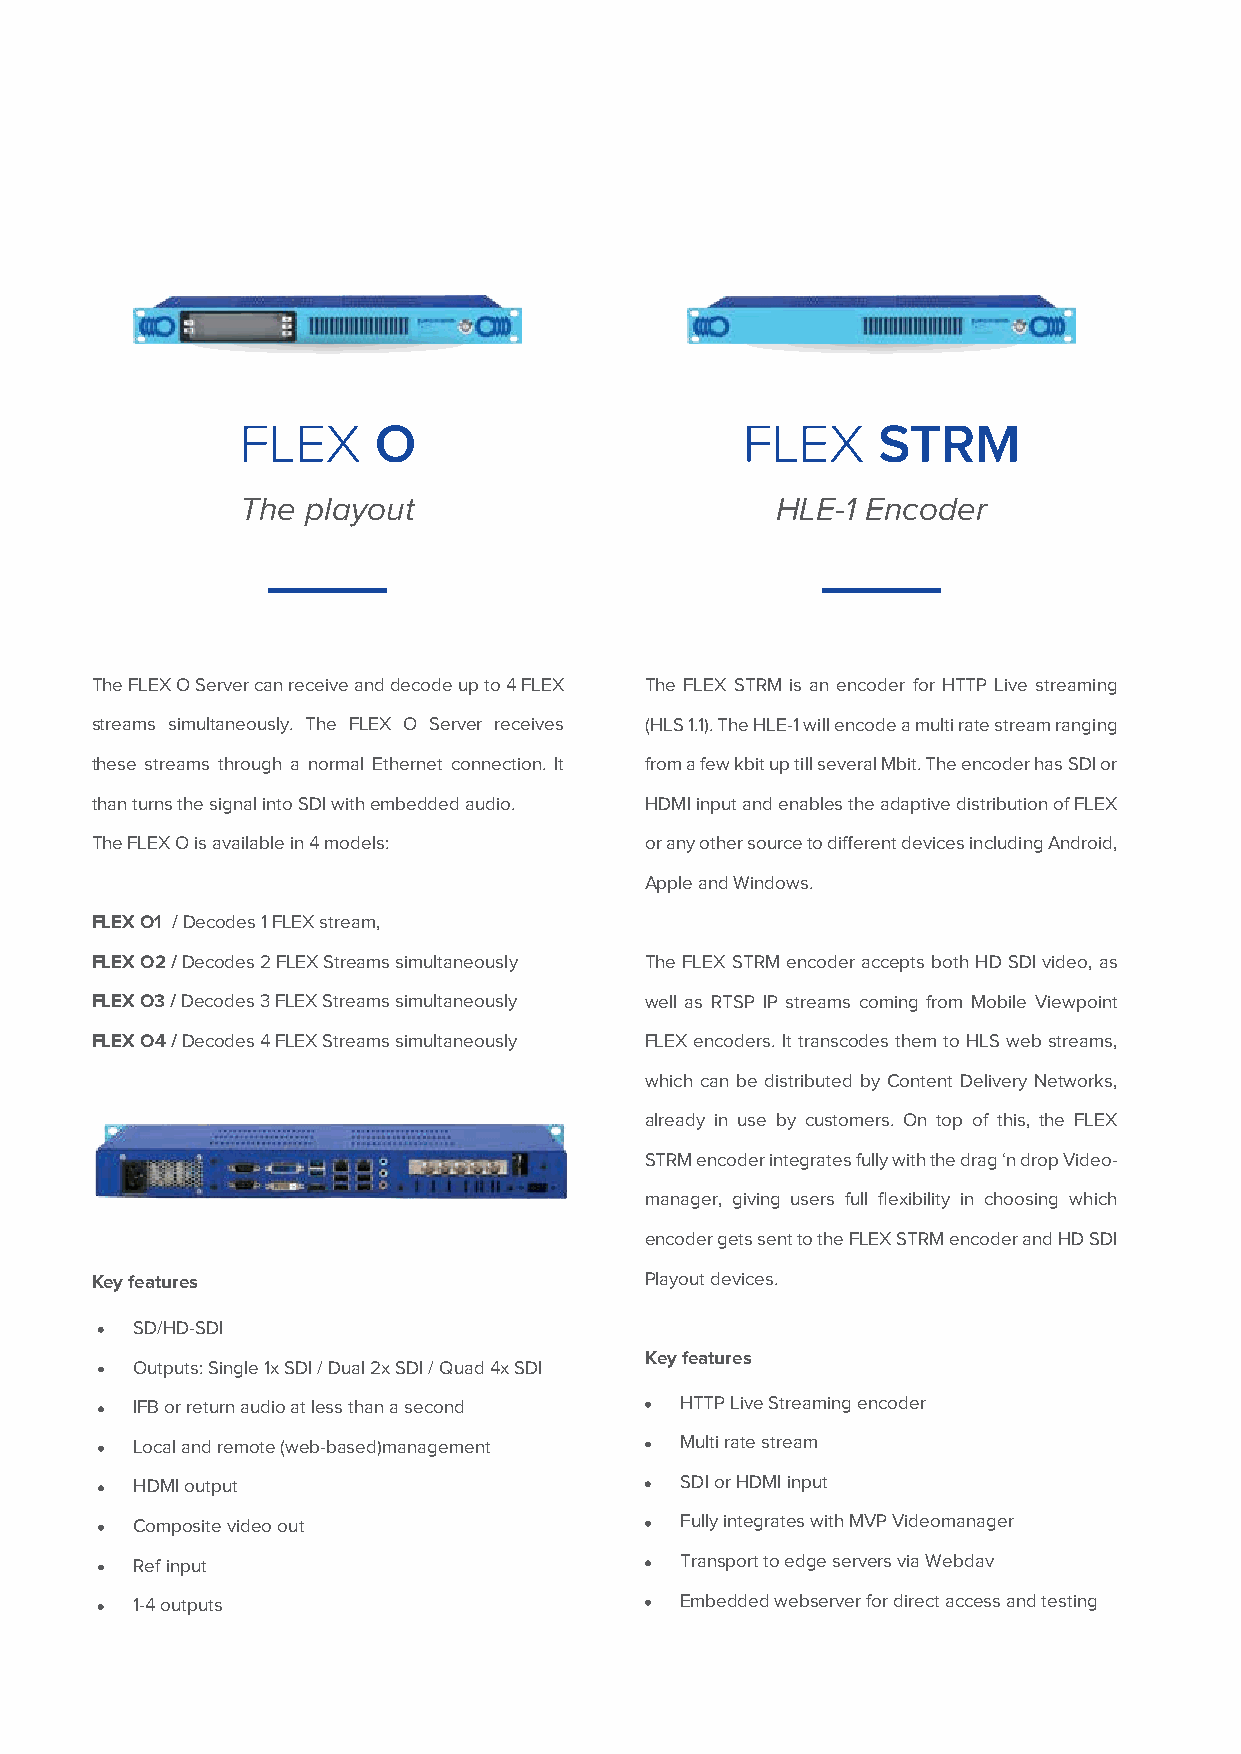
FLEX     O                       FLEX     STRM
 The playout                        HLE-1 Encoder
 The FLEX O Server can receive and decode up to 4 FLEX The FLEX STRM is an encoder for HTTP Live streaming
 streams simultaneously. The FLEX O Server receives (HLS 1.1). The HLE-1 will encode a multi rate stream ranging
 these streams through a normal Ethernet connection. It from a few kbit up till several Mbit. The encoder has SDI or
 than turns the signal into SDI with embedded audio. HDMI input and enables the adaptive distribution of FLEX
 The FLEX O is available in 4 models: or any other source to different devices including Android,
 Apple and Windows.
 FLEX O1 / Decodes 1 FLEX stream,
 FLEX O2 / Decodes 2 FLEX Streams simultaneously The FLEX STRM encoder accepts both HD SDI video, as
 FLEX O3 / Decodes 3 FLEX Streams simultaneously well as RTSP IP streams coming from Mobile Viewpoint
 FLEX O4 / Decodes 4 FLEX Streams simultaneously FLEX encoders. It transcodes them to HLS web streams,
 which can be distributed by Content Delivery Networks,
 already in use by customers. On top of this, the FLEX
 STRM encoder integrates fully with the drag ‘n drop Video-
 manager, giving users full flexibility in choosing which
 encoder gets sent to the FLEX STRM encoder and HD SDI
 Key features                         Playout devices.
 SD/HD-SDI
 Key features
 Outputs: Single 1x SDI / Dual 2x SDI / Quad 4x SDI
 IFB or return audio at less than a second HTTP Live Streaming encoder
 Local and remote (web-based)management Multi rate stream
 HDMI output                         SDI or HDMI input
 Composite video out                 Fully integrates with MVP Videomanager
 Ref input                           Transport to edge servers via Webdav
 1-4 outputs                         Embedded webserver for direct access and testing
 6